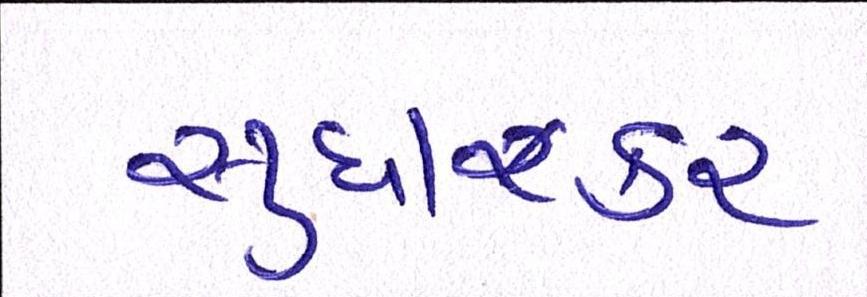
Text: સુધાકર